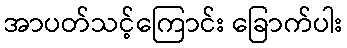
အာပတ်သင့်ကြောင်း ခြောက်ပါး